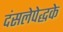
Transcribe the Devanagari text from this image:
दंसलेपेद्धके